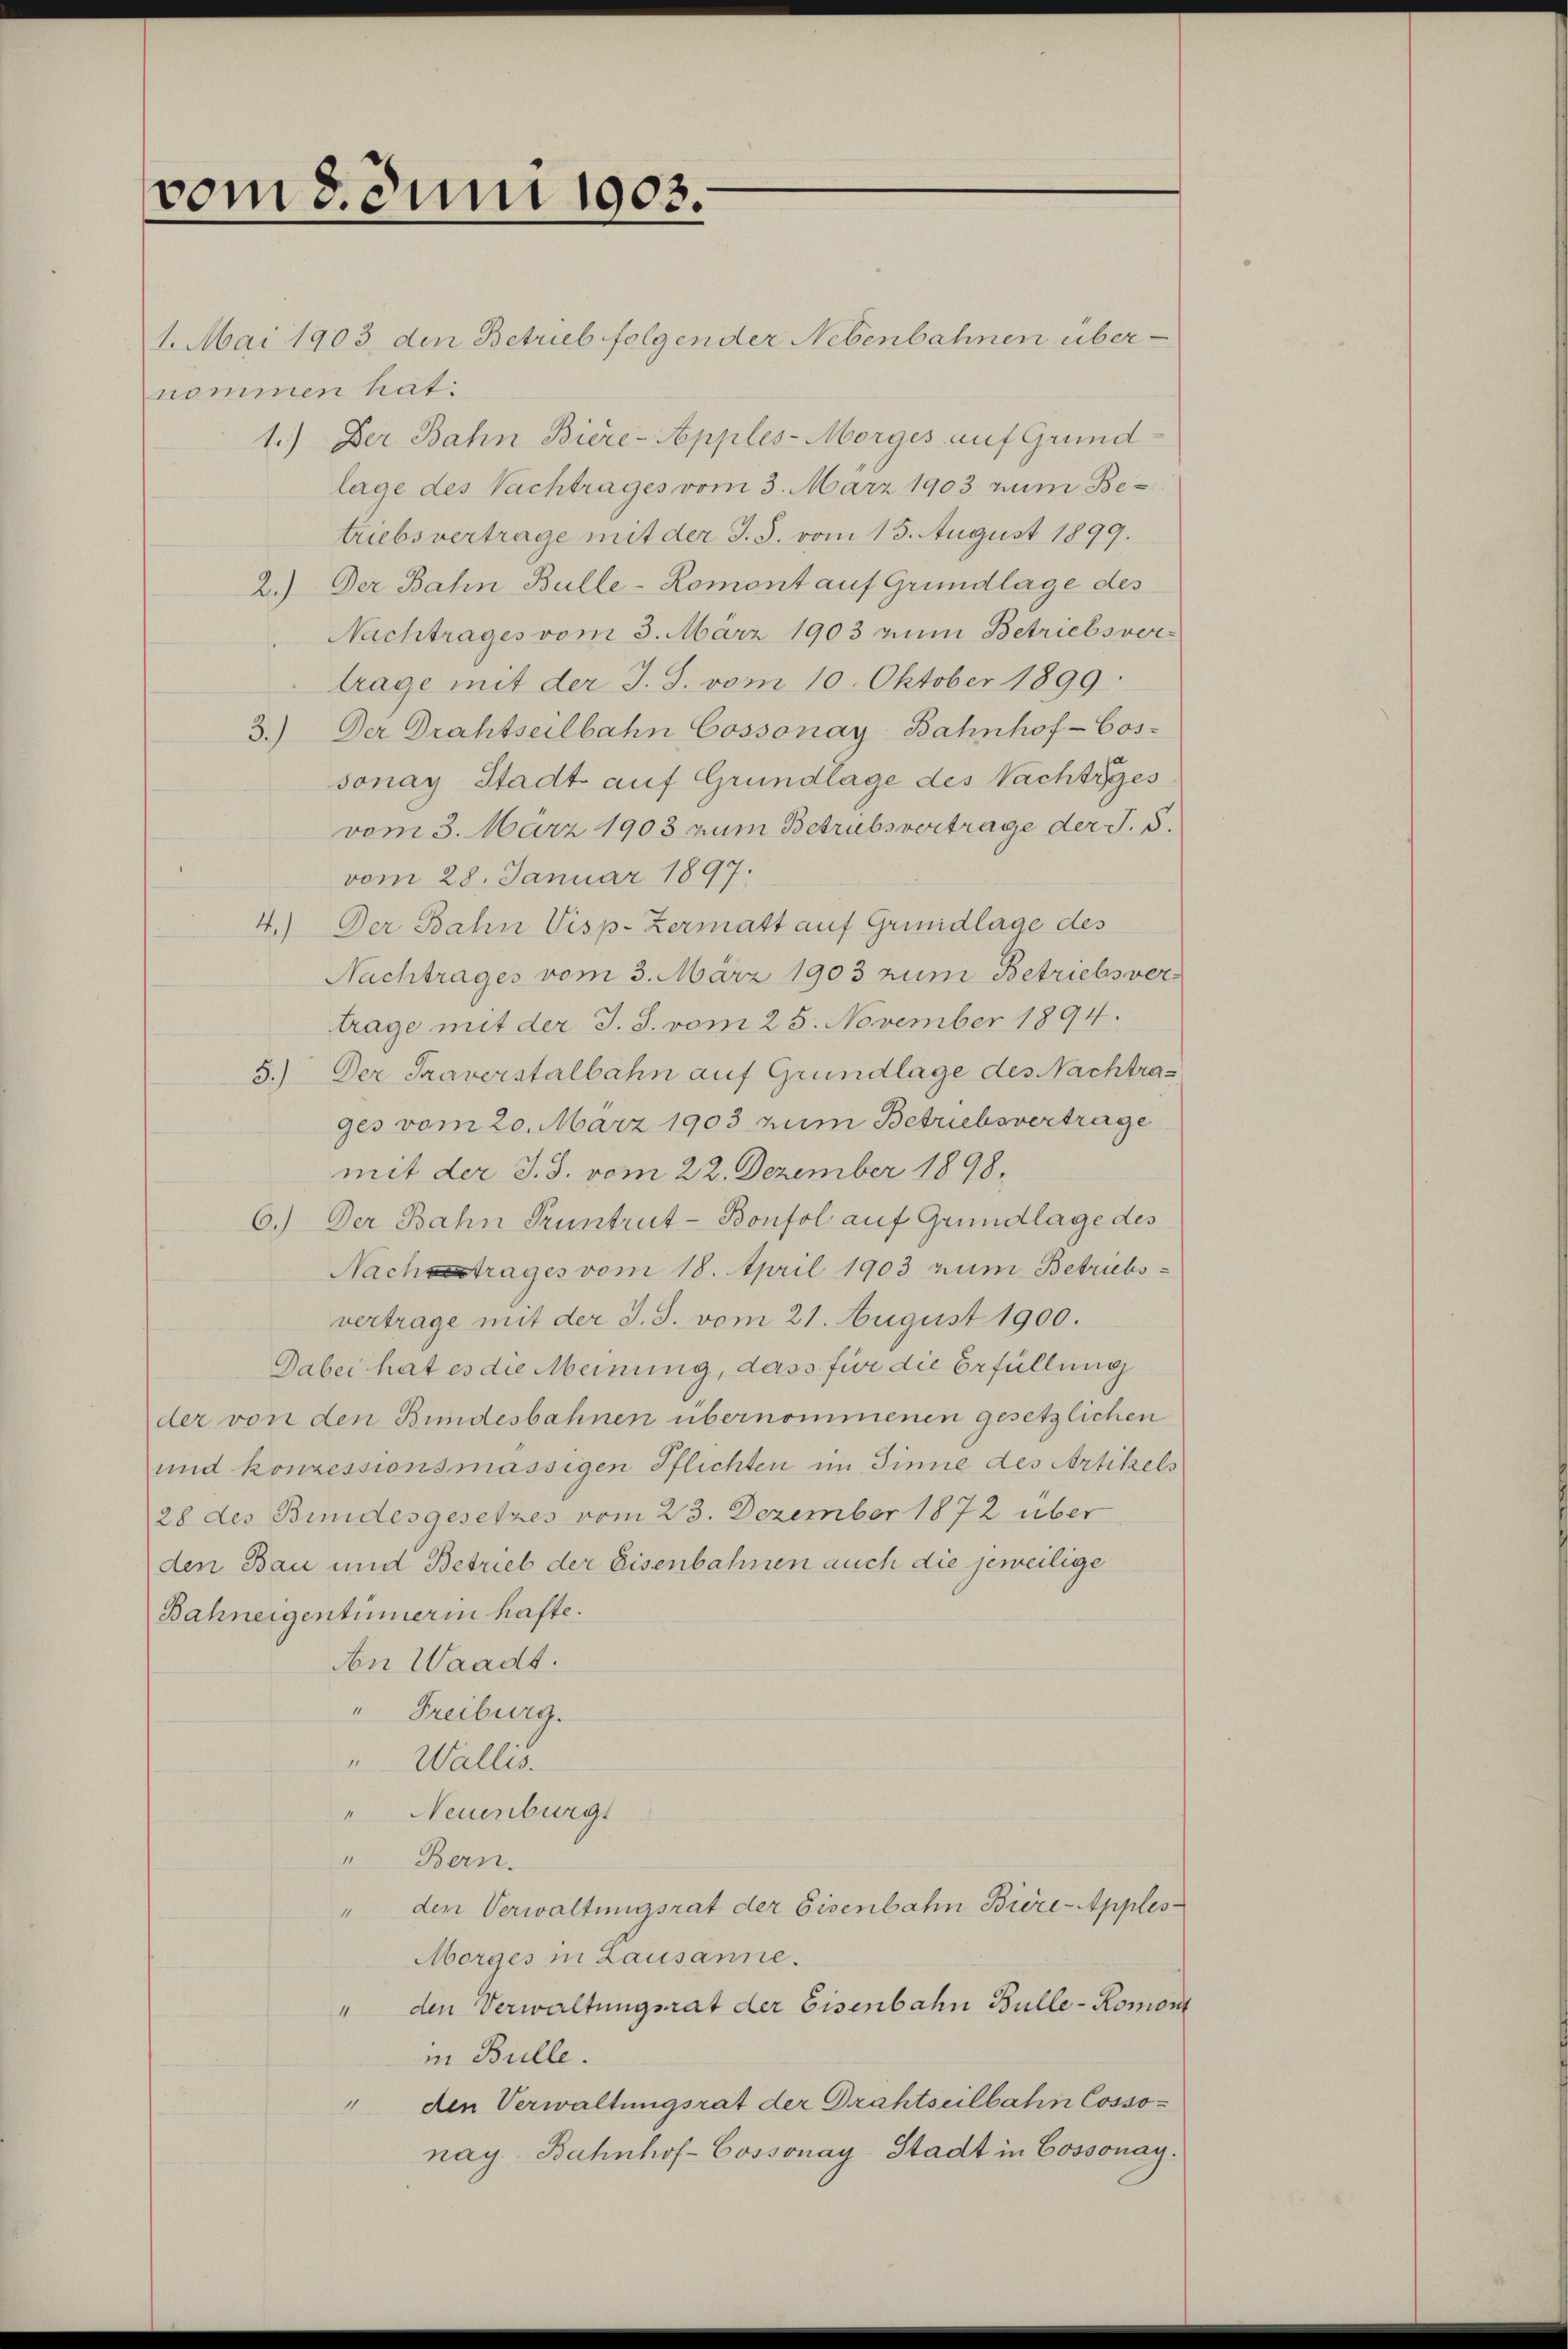
vom 8. Juni 1903.

1. Mai 1903 den Betrieb folgender Nebenbahnen übernommen hat:
1.) Der Bahn Biere-Apples-Morges auf Grundlage des Nachtrages vom 3. März 1903 zum Betriebsvertrage mit der J. J. vom 15. August 1899.
2.) Der Bahn Bulle-Romont auf Grundlage des
Nachtrages vom 3. März 1903 zum Betriebsvertrage mit der J. S. vom 10. Oktober 1899.
3.) Der Drahtseilbahn Cossonay Bahnhof-Cos-
sonay Stadt auf Grundlage des Nachtsges
vom 3. März 1903 zum Betrubsvertrage der J. S.
vom 28. Januar 1897.
4.) Der Bahn Visp-Zermatt auf Grundlage des
Nachtrages vom 3. März 1903 zum Betriebs ver-
trage mit der J. J. vom 25. November 1894.
5.) Der Traverstalbahn auf Grundlage des Nachtras
ges vom 20. März 1903 zum Betriebsvertrage
mit der J. J. vom 22. Dezember 1898.
6.) Der Bahn Pruntrut-Bonfol auf Grundlage des
Nachtrages vom 18. April 1903 num Betriebsvertrage mit der J. J. vom 21. August 1900.
Dabei hat es die Meinung, dass für die Erfüllung
der von den Bundesbahnen übernommenen gesetzlichen
und konzessionsmässigen Pflichten im Sinne des Artikels
28 des Bindesgesetzes vom 23. Dezember 1872 über
den Bau und Betrieb der Eisenbahnen auch die jeweilige
Bahneigentümerin hafte.
An Waadt.
" Freiburg.
" Wallis.
" Neuenburgs
" Bern.
" den Verwaltungsrat der Eisenbahn Biere-Apples
Morges in Lausanne.
" den Verwaltungsrat der Eisenbahn Bulle-Romont
in Bulle.
" den Verwaltungsrat der Drahtseilbahn Cossonay Bahnhof-Cossonay Stadt in Cossonay¬